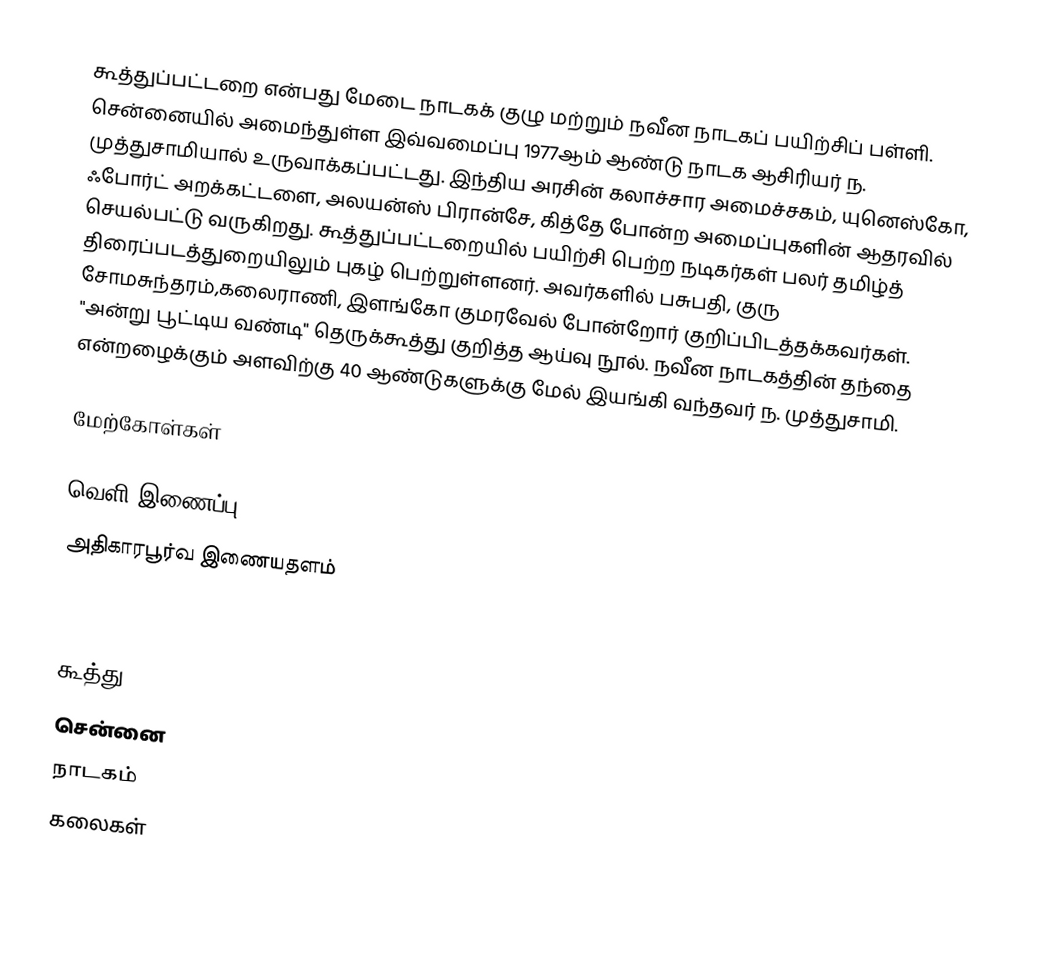
கூத்துப்பட்டறை என்பது மேடை நாடகக் குழு மற்றும் நவீன நாடகப் பயிற்சிப் பள்ளி. சென்னையில் அமைந்துள்ள இவ்வமைப்பு 1977ஆம் ஆண்டு நாடக ஆசிரியர் ந. முத்துசாமியால் உருவாக்கப்பட்டது. இந்திய அரசின் கலாச்சார அமைச்சகம், யுனெஸ்கோ, ஃபோர்ட் அறக்கட்டளை, அலயன்ஸ் பிரான்சே, கித்தே போன்ற அமைப்புகளின் ஆதரவில் செயல்பட்டு வருகிறது. கூத்துப்பட்டறையில் பயிற்சி பெற்ற நடிகர்கள் பலர் தமிழ்த் திரைப்படத்துறையிலும் புகழ் பெற்றுள்ளனர். அவர்களில் பசுபதி, குரு சோமசுந்தரம்,கலைராணி, இளங்கோ குமரவேல் போன்றோர் குறிப்பிடத்தக்கவர்கள். "அன்று பூட்டிய வண்டி" தெருக்கூத்து குறித்த ஆய்வு நூல். நவீன நாடகத்தின் தந்தை என்றழைக்கும் அளவிற்கு    40 ஆண்டுகளுக்கு  மேல் இயங்கி வந்தவர் ந. முத்துசாமி.

மேற்கோள்கள்

வெளி இணைப்பு
அதிகாரபூர்வ இணையதளம்



கூத்து
சென்னை
நாடகம்
கலைகள்